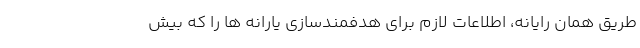
طریق همان رایانه، اطلاعات لازم برای هدفمندسازی یارانه ها را که بیش